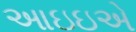
આઇઇએ